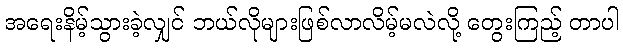
အရေးနိမ့်သွားခဲ့လျှင် ဘယ်လိုများဖြစ်လာလိမ့်မလဲလို့ တွေးကြည့် တာပါ